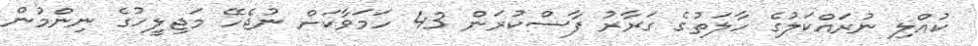
ކުއްލި ނުރައްކަލުގެ ހާލަތުގެ ގަރާރު ފާސްކުރަން 43 ހަމަވާކަށް ނުޖެހޭ މަޖިލީހުގެ ނިންމުން